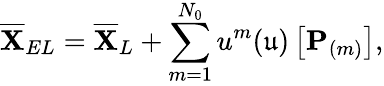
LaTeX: \overline{{\mathbf{X}}}_{EL}=\overline{{\mathbf{X}}}_{L}+\sum_{m=1}^{N_{0}}u^{m}(\mathfrak{u})\left[\mathbf{P}_{(m)}\right],